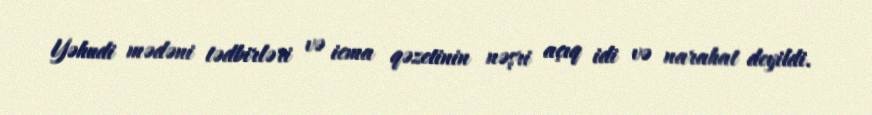
Yəhudi mədəni tədbirləri və icma qəzetinin nəşri açıq idi və narahat deyildi.